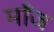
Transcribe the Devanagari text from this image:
माँज